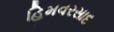
હિમવરસાદ